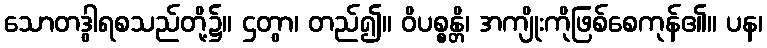
သောတဒွါရစသည်တို့၌။ ဌတွာ၊ တည်၍။ ဝိပစ္စန္တိ၊ အကျိုးကိုဖြစ်စေကုန်၏။ ပန၊